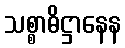
သစ္စာဓိဋ္ဌာနေန